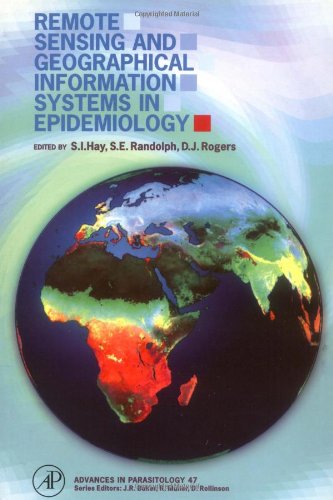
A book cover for Remote Sensing and Geographical Information Systems in Epidemiology, Volume 47 (Advances in Parasitology); Engineering & Transportation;